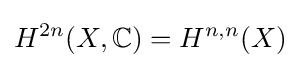
H^{2n}(X,\mathbb {C} )=H^{n,n}(X)